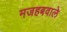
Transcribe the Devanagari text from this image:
मजहबवाले